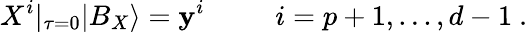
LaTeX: X^{i}|_{\tau=0}|B_{X}\rangle=\mathbf{y}^{i}~~~~~~~~~~i=p+1,...,d-1~.